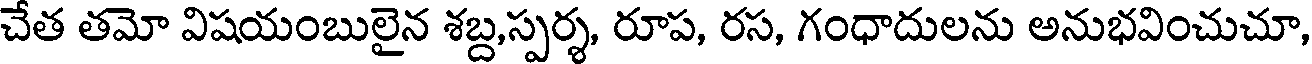
చేత తమో విషయంబులైన శబ్ద,స్పర్శ, రూప, రస, గంధాదులను అనుభవించుచూ,